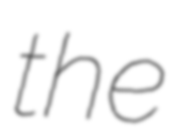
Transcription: the